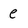
Character: e